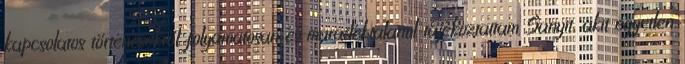
kapcsolatos történésekről folyamatosan és maradéktalanul tájékoztattam Sa­nyit, akit egyetlen